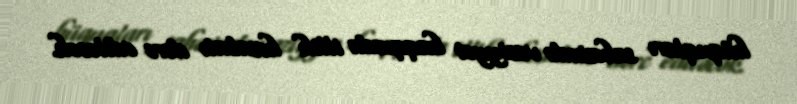
hüquqları sahəsində vəziyyət haqqında illik hesabatı dərc ediləcək.